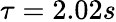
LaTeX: \tau=2.02s